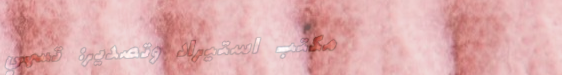
مكتب استيراد وتصدير: تسهي